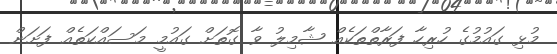
މުޅި ގައުމުގެ ހުރިހާ ފަރާތްތަކެއް ޝާމިލު ވާ ގޮތަށް ގައުމީ މަސައްކަތެއް ފަށަން